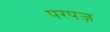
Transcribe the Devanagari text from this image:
परपज़